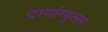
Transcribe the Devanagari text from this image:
ट्रायांग्युलम